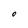
Character: O